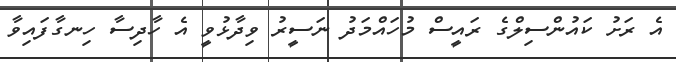
އެ ރަށު ކައުންސިލްގެ ރައީސް މުހައްމަދު ނަސީރު ވިދާޅުވީ އެ ހާދިސާ ހިނގާފައިވާ